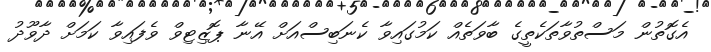
އެގޮތުން މަސްތުވާތަކެތީގެ ބާވަތެއް ކަމުގައިވާ ކެނަބިސްއަށް އޭނާ ޕޮޒިޓިވް ވެފައިވާ ކަމަށް ދާވޫދު